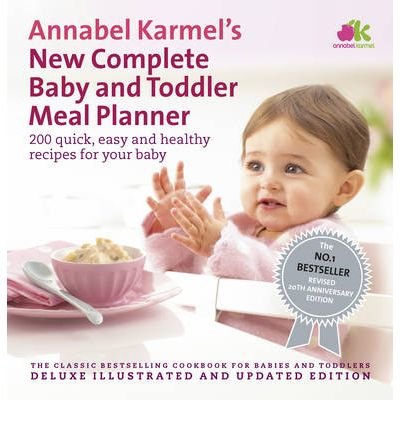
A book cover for Annabel Karmel's New Complete Baby & Toddler Meal Planner: 200 Quick, Easy and Healthy Recipes for Your Baby (Ebury Press) (Hardback) - Common; By (author) Annabel Karmel; Cookbooks, Food & Wine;